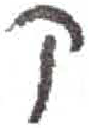
אות: ק